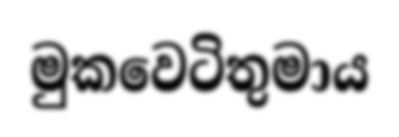
මුකවෙටිතුමාය